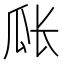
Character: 𪼴